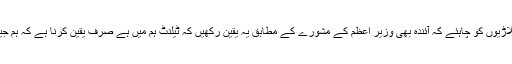
اب ہمارے کھلاڑیوں کو چاہئے کہ آئندہ بھی وزیر اعظم کے مشورے کے مطابق یہ یقین رکھیں کہ ٹیلنٹ ہم میں ہے صرف یقین کرنا ہے کہ ہم جیت سکتے ہیں۔